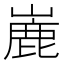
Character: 𪩏